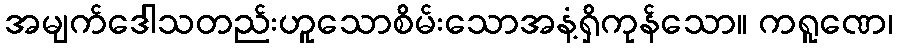
အမျက်ဒေါသတည်းဟူသောစိမ်းသောအနံ့ရှိကုန်သော။ ကရူဏေ၊